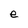
Character: e